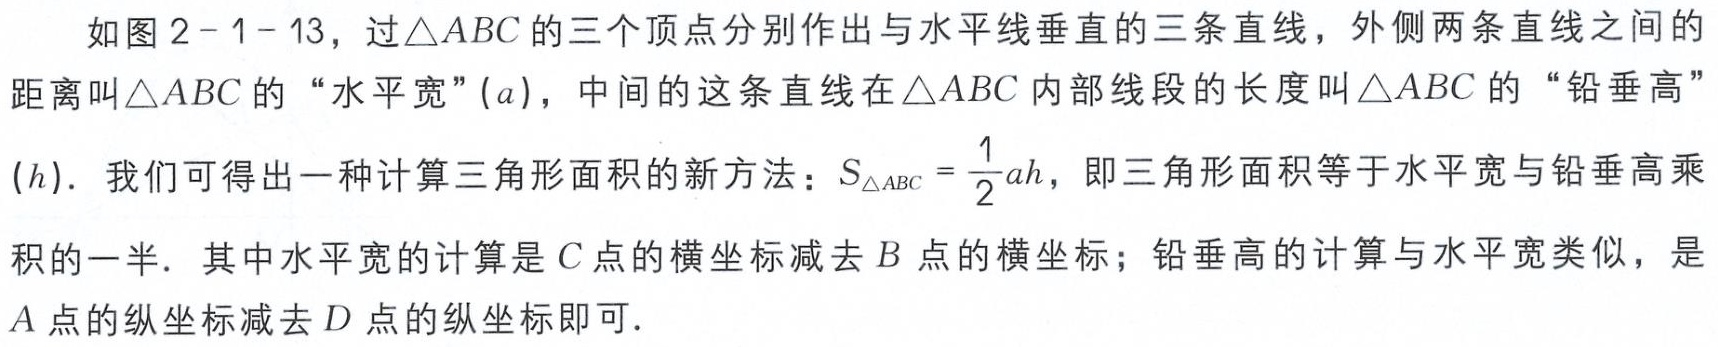
如图 2 - 1 - 13，过\(\triangle ABC\)的三个顶点分别作出与水平线垂直的三条直线，外侧两条直线之间的距离叫\(\triangle ABC\)的 “水平宽”(\(a\))，中间的这条直线在\(\triangle ABC\)内部线段的长度叫\(\triangle ABC\)的 “铅垂高”(\(h\))．我们可得出一种计算三角形面积的新方法：\(S_{\triangle ABC}=\frac{1}{2}ah\)，即三角形面积等于水平宽与铅垂高乘积的一半．其中水平宽的计算是\(C\)点的横坐标减去\(B\)点的横坐标；铅垂高的计算与水平宽类似，是\(A\)点的纵坐标减去\(D\)点的纵坐标即可．